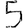
Digit: 5